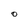
Character: O